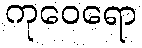
ကုဝေရော